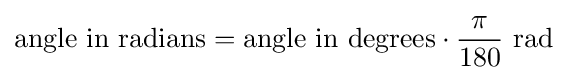
{\text{angle in radians}}={\text{angle in degrees}}\cdot {\frac {\pi }{180}}{\text{ rad}}